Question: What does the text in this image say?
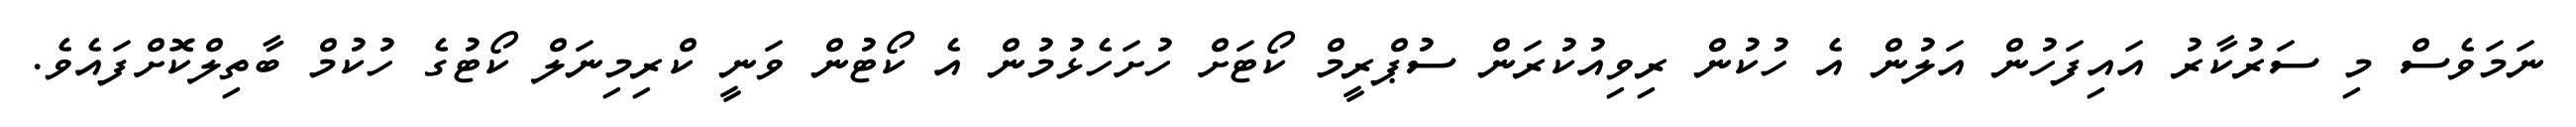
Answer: ނަމަވެސް މި ސަރުކާރު އައިފަހުން އަލުން އެ ހުކުން ރިވިއުކުރަން ސުޕްރީމް ކޯޓަށް ހުށަހެޅުމުން އެ ކޯޓުން ވަނީ ކްރިމިނަލް ކޯޓުގެ ހުކުމް ބާތިލްކޮށްފައެވެ.